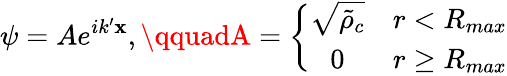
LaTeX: \psi=Ae^{ik^{\prime}\mathbf{x}},\qquadA=\left\{ \begin{array}{cc}{\sqrt{\tilde{\rho}_{c}}}&{r<R_{max}}\\ {0}&{r\ge R_{max}}\end{array}\right.